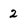
Character: 2